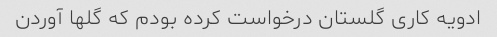
ادویه کاری گلستان درخواست کرده بودم که گلها آوردن